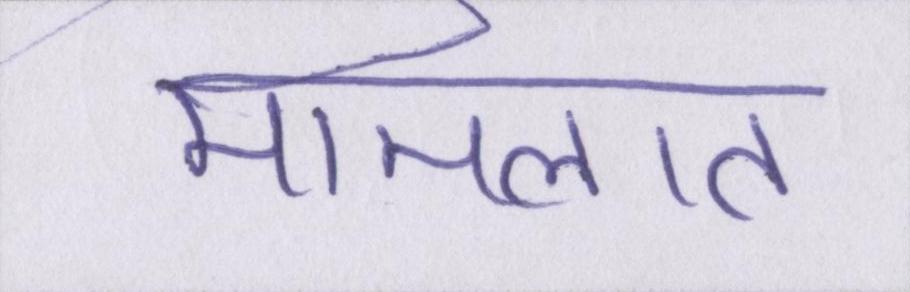
मामलात